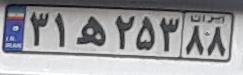
۳۱ه۲۵۳۸۸